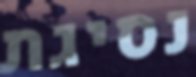
נסיגת